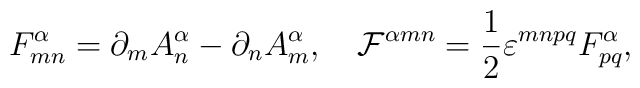
F^{\alpha}_{mn}= \partial_mA^{\alpha}_n-\partial_nA^{\alpha}_m,\quad{\cal F}^{\alpha mn}= \frac{1}{2} \varepsilon^{mnpq}F^{\alpha}_{pq},